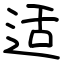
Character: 适